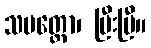
သမတ္တော၊ ပြီးပြီ။